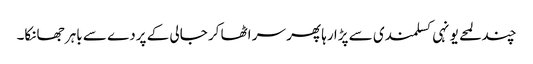
چند لمحے یونہی کسلمندی سے پڑا رہا پھر سر اٹھا کر جالی کے پردے سے باہر جھانکا۔